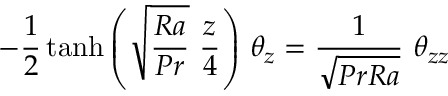
- \frac { 1 } { 2 } \operatorname { t a n h } { \left( \sqrt { \frac { R a } { P r } } \ \frac { z } { 4 } \right) } \ \theta _ { z } = \frac { 1 } { \sqrt { P r R a } } \ \theta _ { z z }